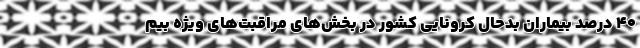
۴۰ درصد بیماران بدحال کرونایی کشور در بخش‌های مراقبت‌های ویژه بیم